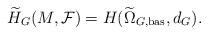
LaTeX: \begin{align*}\widetilde{H}_{G}(M,\mathcal{F})= H(\widetilde{\Omega}_{G,\textmd{bas}}, d_G).\end{align*}